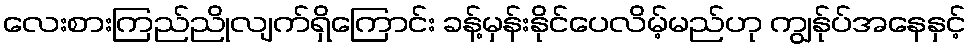
လေးစားကြည်ညိုလျက်ရှိကြောင်း ခန့်မှန်းနိုင်ပေလိမ့်မည်ဟု ကျွန်ုပ်အနေနှင့်